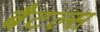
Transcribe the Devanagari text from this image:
बैटल्स